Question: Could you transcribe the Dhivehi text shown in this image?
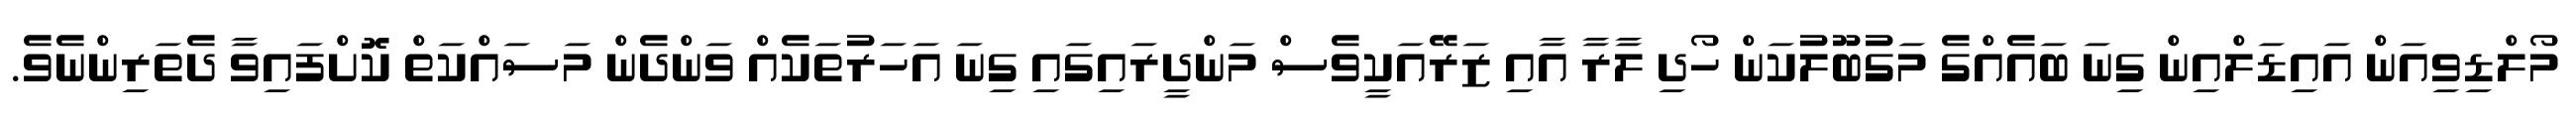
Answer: މޯލްޑިވިއަން އައިޑަލްއިން ގިނަ ބައެއްގެ މަގުބޫލުކަން ހޯދި ލާރާ އާއި ޒަރޭއަކީވެސް މަންދީރައިގައި ގިނަ އަހަރުތަކެއް ވަންދެން މަސައްކަތް ކޮށްފައިވާ ދެތަރިންނެވެ.